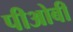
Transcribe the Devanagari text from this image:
पीओबी